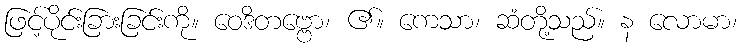
ဖြင့်ပိုင်းခြားခြင်းကို။ ဝေဒိတဗ္ဗော၊ ၏။ ကေသာ၊ ဆံတို့သည်။ န လောမာ၊